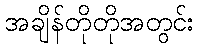
အချိန်တိုတိုအတွင်း